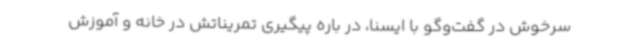
سرخوش در گفت‌وگو با ایسنا، در باره پیگیری تمریناتش در خانه و آموزش